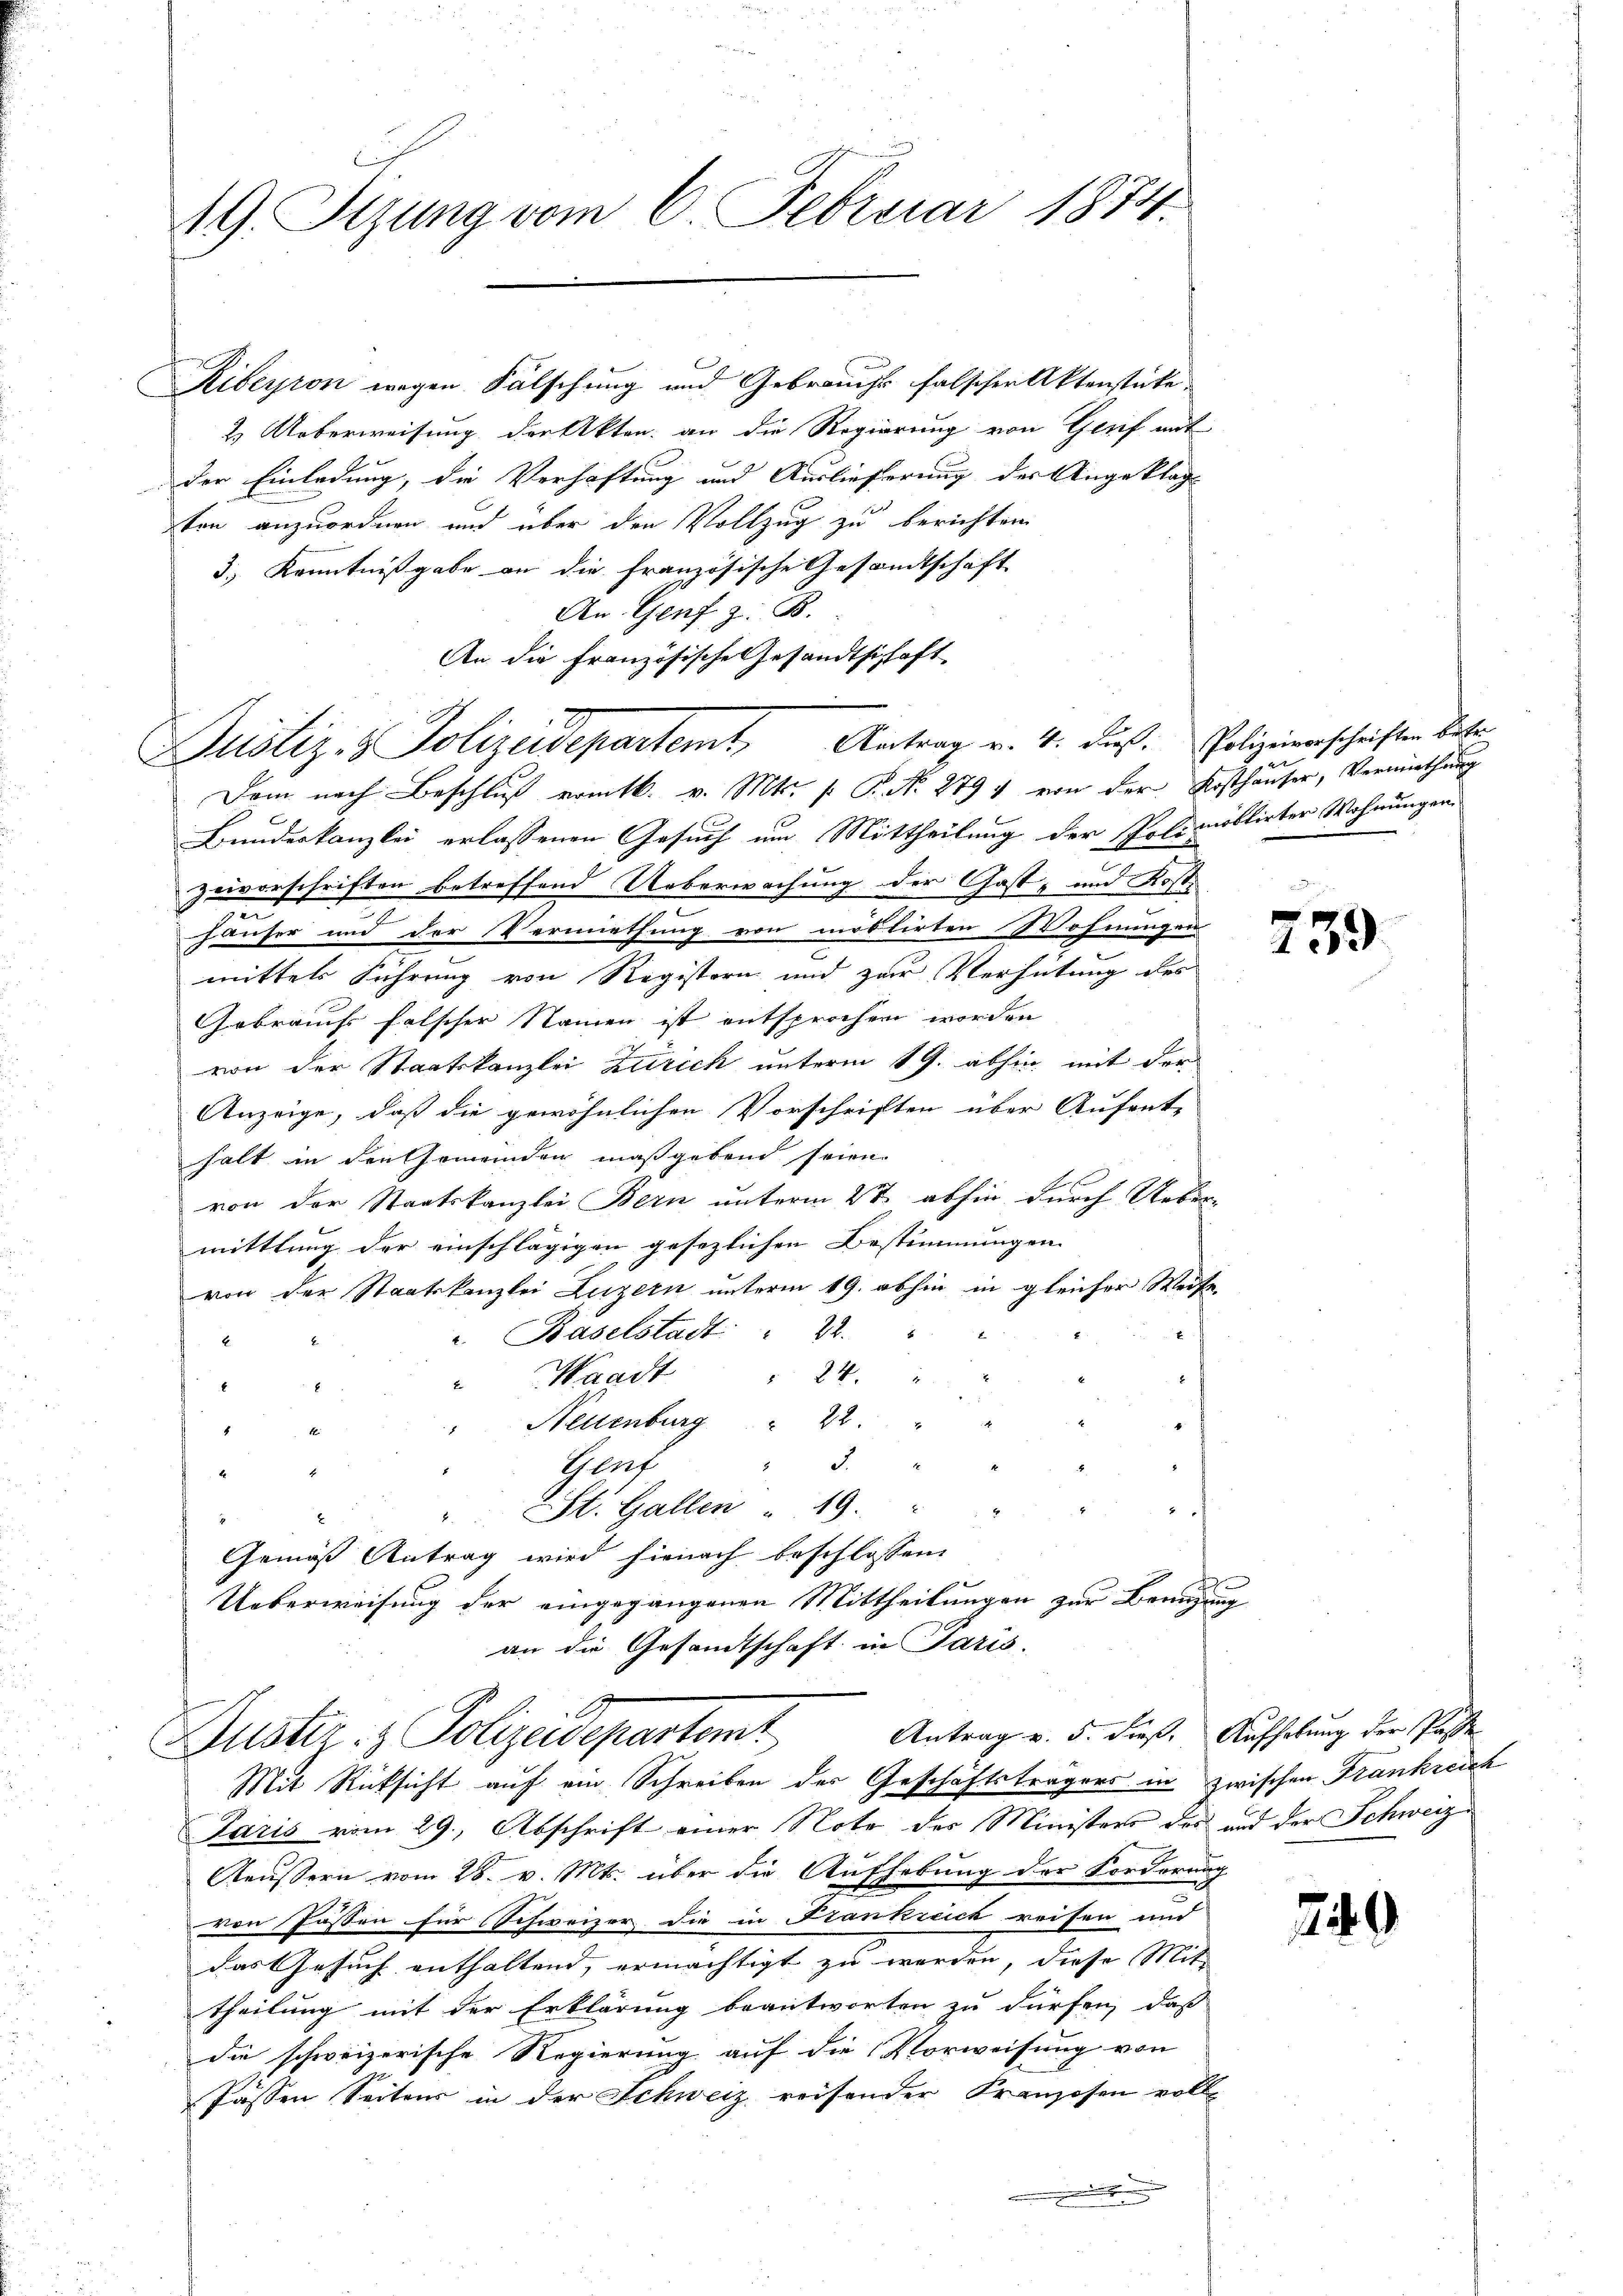
19. Sizung vom 6. Februar 1874.

2.) Ueberweisung der Akten, an die Regierung von Genf mit
der Einladung, die Verhaftung und Auslieferung der Angeklag-
ton anzuordnen und über den Vollzug zu berichten
3.) Kenntnißgabe an die französische Gesandtschaft
An Genf z. B.
An die Französische Gesandtschaft
Dem nach Beschluß vom 16. v. Mts. f. P. N. 279 & von der Kosthauser, Vermuthung
Bundeskanzlei erlassenen Gesuch um Mittheilung der Polimoblirter Wohnungen.
zeivorschriften betreffend Ueberwachung der Gast- und Kost
häuser und der Vermiethung von möblirten Wohnungen
mittels Führung von Registern und zur Verhütung des
Gebrauchs falscher Namen ist entsprochen worden
von der Staatskanzlei Zürich unterm 19. abhin mit der
Anzeige, daß die gewöhnlichen Vorschriften über Aufent-
halt in den Gemeinden maßgebend seien.
Ao. 1.
von der Staatskanzlei Bern unterm 2t abhin durch Ueber-
mittlung der einschlägigen gesezlichen Bestimmungen
von der Staatskanzlei Luzern unterm 19. abhin in gleicher Weite
Baselstadt 22.
E
Waadt
 24.
b
Neuenburg " 22 "
 x 2 2
Geuf
Ex
i
" St. Gallen " 19.
Gemäß Antrag wird hienach beschlossen:
Ueberweisung der eingegangenen Mittheilungen zur Bewegung
an die Gesandtschaft in Paris.

Justiz- & Polizeidepartemt, Antrag v. 4. dieß. Polizeiverschriften betr

Antrag v. 5. dieß. Aufhebung der Tasse
Justiz- & Polizeidepartent
Mit Rücksicht auf ein Schreiben der Geschäftsträgers in zwischen Frankreich

Riberron wegen Fälschung und Gebrauchs falschen Aktenstücke

Paris vom 29. Abschrift einer Note des Ministers des und der Schweize¬
Aeussern vom 26. v. Mts. über die Aufhebung der Forderung
von Füssen für Schweizer die in Franknick reisen und
das Gesuch enthaltend, ermächtigt zu werden, diese Mit-
theilung mit der Erklärung beantworten zu dürfen, daß
die schweizerische Regierung auf die Vorweisung von
Jassen Seitens in der Schweiz reisender Kranzosen voll
.

239

¬
2